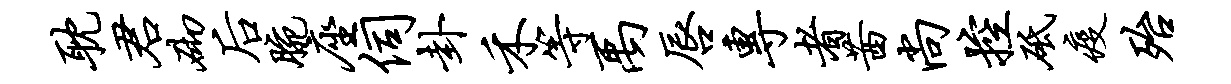
耽君砌後腕座伺卦禾等禹唇专者茜尚控砥疫殆